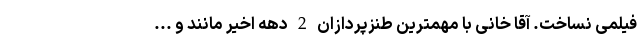
فیلمی نساخت. آقا خانی با مهمترین طنزپردازان 2 دهه اخیر مانند و ...